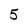
Character: 5